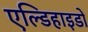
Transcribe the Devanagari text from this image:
एल्डिहाइडों